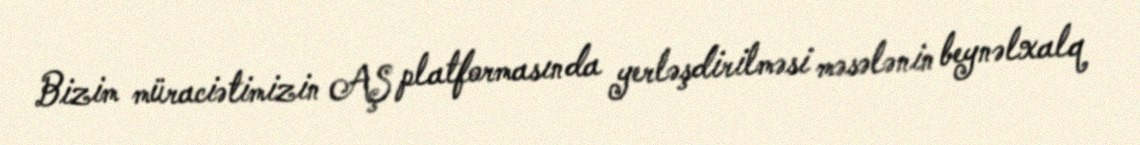
Bizim müraciətimizin AŞ platformasında yerləşdirilməsi məsələnin beynəlxalq